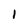
Character: 1